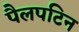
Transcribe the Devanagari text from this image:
पैलपटिन